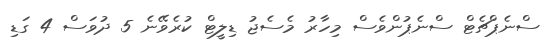
ސްނެޕްޗެޓް ސްނެޕުންވެސް މިހާރު މެސެޖު ޑިލީޓް ކުރެވޭނެ 5 ދުވަސް 4 ގަޑި